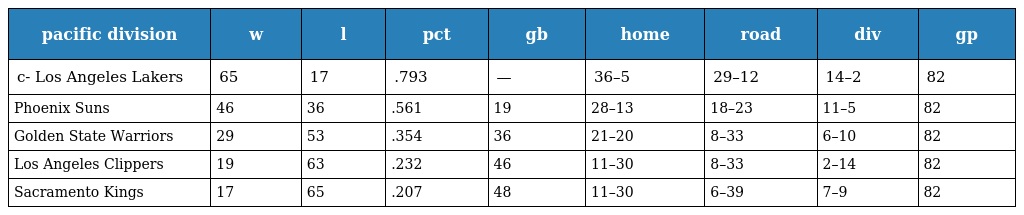
| pacific division | w | l | pct | gb | home | road | div | gp |
 | --- | --- | --- | --- | --- | --- | --- | --- | --- |
 | c- Los Angeles Lakers | 65 | 17 | .793 | — | 36–5 | 29–12 | 14–2 | 82 |
 | Phoenix Suns | 46 | 36 | .561 | 19 | 28–13 | 18–23 | 11–5 | 82 |
 | Golden State Warriors | 29 | 53 | .354 | 36 | 21–20 | 8–33 | 6–10 | 82 |
 | Los Angeles Clippers | 19 | 63 | .232 | 46 | 11–30 | 8–33 | 2–14 | 82 |
 | Sacramento Kings | 17 | 65 | .207 | 48 | 11–30 | 6–39 | 7–9 | 82 |